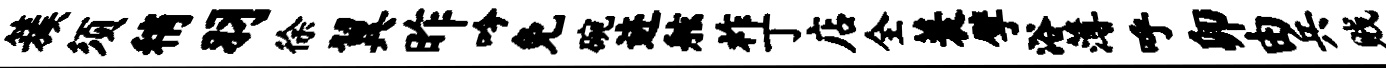
簇须稍羽徐翼昨吟免碗迹舷祚丁店全蓑擘浴薄呼卯由兵贱